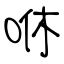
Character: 咻